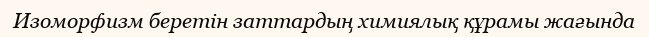
Изоморфизм беретін заттардың химиялық құрамы жағында